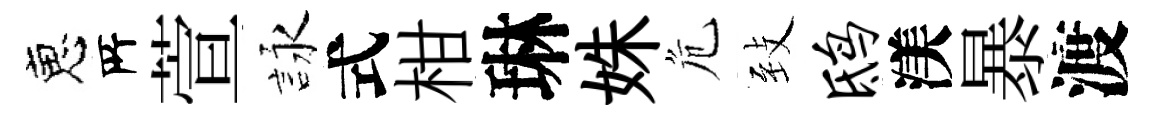
恵𠩄萱詠式柑琳姝危𦤺鸱渼暴渡